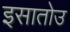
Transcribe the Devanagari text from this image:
इसातोउ